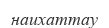
наихаттау